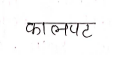
मजकूर: कालपट